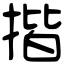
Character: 揩